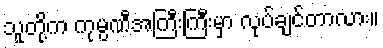
သူတို့က ကုမ္ပဏီအကြီးကြီးမှာ လုပ်ချင်တာလား။